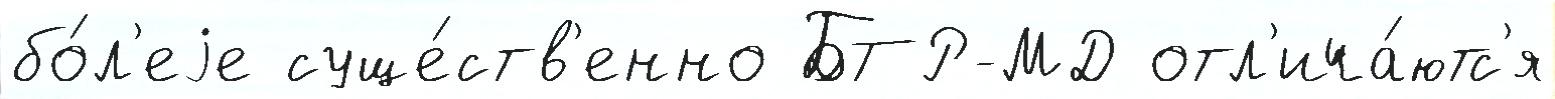
бо́л'еjе суще́ств'енно БТР-МД отл'ича́ютс'я